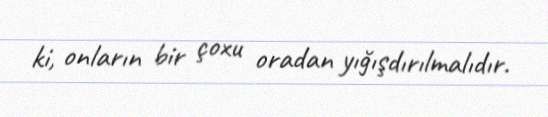
ki, onların bir çoxu oradan yığışdırılmalıdır.